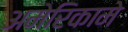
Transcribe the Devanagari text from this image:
अमेरिकामे